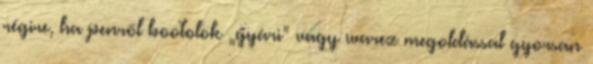
régire, ha penről bootolok „gyári” vagy warez megoldással gyorsan